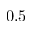
0 . 5